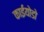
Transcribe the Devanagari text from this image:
काईयोडो